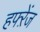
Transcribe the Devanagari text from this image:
हफ्ऱेंज